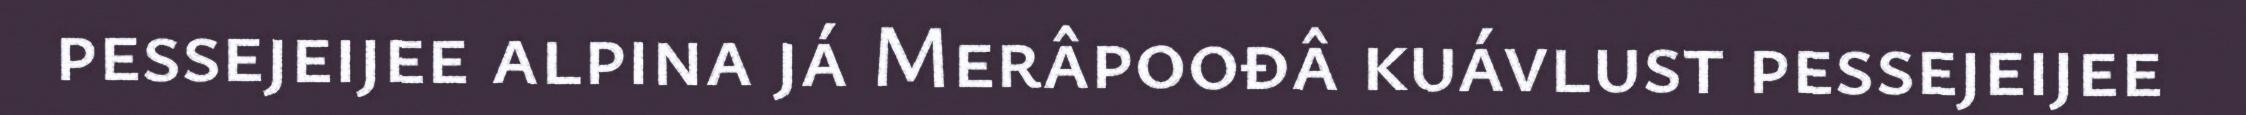
pessejeijee alpina já Merâpoođâ kuávlust pessejeijee